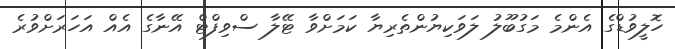
ހޮލީވުޑްގެ އެންމެ މަގުބޫލު ލަވަކިޔުންތެރިޔާ ކަމަށްވާ ޓޭލާ ސްވިފްޓް އޭނާގެ އެއް އަހަރަށްވުރެ